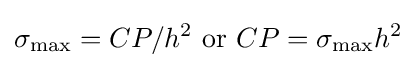
\sigma _{\max }=CP/h^{2}{\text{ or }}CP=\sigma _{\max }h^{2}